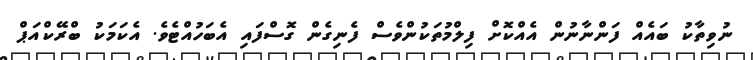
ނުވިތާކު ބައެއް ފަންނާނުން އެއްކޮށް ފިލްމުތަކުންވެސް ފެނިގެން ގޮސްފައި އެބަހުއްޓެވެ. އެކަމަކު ބްރޭކްއަޕް